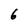
Character: 6